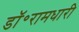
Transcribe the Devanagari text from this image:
डॉ॰रामधारी